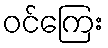
ဝင်ကြေး